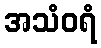
အသံဝရံ